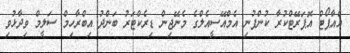
އެއާޕޯޓް އޮޕަރޭޓްކުރާ ކުންފުނި އެމްއޭސީއެލްގެ މެނޭޖިން ޑިރެކްޓަރު ބަންދު އިބްރާހިމް ސަލީމް ވިދާޅުވި